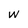
Character: w